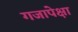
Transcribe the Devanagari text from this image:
गजापेक्षा